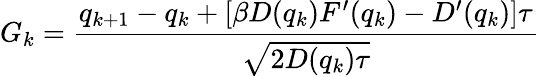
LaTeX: G_{k}=\frac{q_{k+1}-q_{k}+[\beta D(q_{k})F^{\prime}(q_{k})-D^{\prime}(q_{k})]\tau}{\sqrt{2D(q_{k})\tau}}